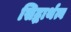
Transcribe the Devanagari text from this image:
सिद्धार्थत्व